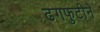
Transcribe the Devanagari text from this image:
ढगफुटीने